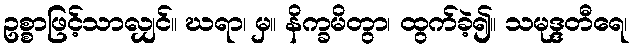
ဥစ္စာဖြင့်သာလျှင်။ ဃရာ၊ မှ။ နိက္ခမိတွာ၊ ထွက်ခဲ့၍။ သမုဒ္ဒတီရေ၊